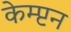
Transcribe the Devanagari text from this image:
केम्प्टन